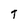
Character: T